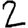
Digit: 2